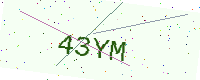
Text: 43YM